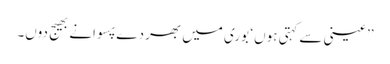
’’عینی سے کہتی ہوں ‘ بوری میں بھر دے پسوانے بھیج دوں۔